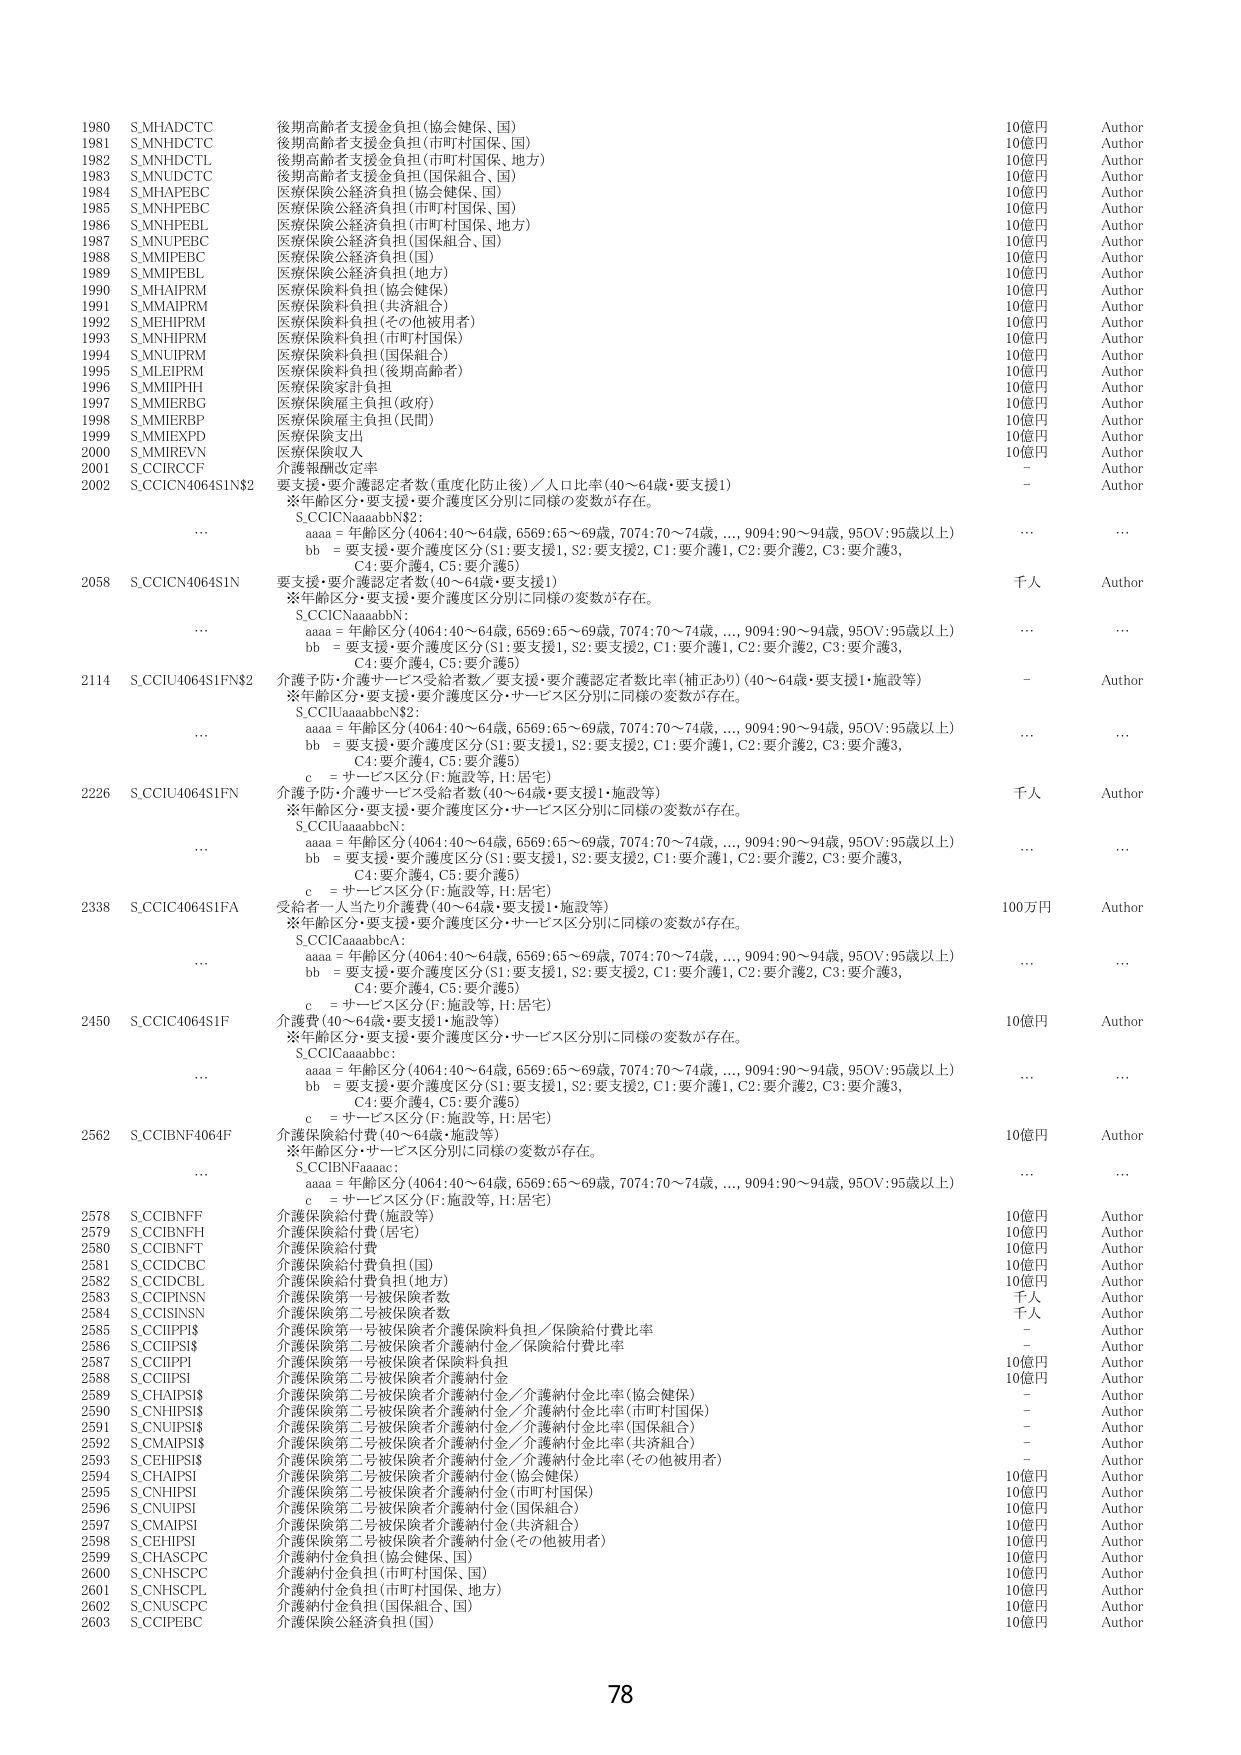
1980 S.MHADCTC 後期高齢者支援金負担(協会健保、国) 10億円 Author
1981 S.MNHDCTC 後期高齢者支援金負担(市町村国保、国) 10億円 Author
1982 S.MNHDLTL 後期高齢者支援金負担(市町村国保、地方) 10億円 Author
1983 S.MNUDCTC 後期高齢者支援金負担(国保組合、国) 10億円 Author
1984 S.MHAPEBC 医療保険公経済負担(協会健保、国) 10億円 Author
1985 S.MNHEBBC 医療保険公経済負担(市町村国保、国) 10億円 Author
1986 S.MNHEBL 医療保険公経済負担(市町村国保、地方) 10億円 Author
1987 S.MNUEPBC 医療保険公経済負担(国保組合、国) 10億円 Author
1988 S.MMIPEBC 医療保険公経済負担(国) 10億円 Author
1989 S.MMIPEBL 医療保険公経済負担(地方) 10億円 Author
1990 S.MHAIPRM 医療保険料負担(協会健保) 10億円 Author
1991 S.MMAIPRM 医療保険料負担(共済組合) 10億円 Author
1992 S.MEHIPRM 医療保険料負担(その他被用者) 10億円 Author
1993 S.MNHIPRM 医療保険料負担(市町村国保) 10億円 Author
1994 S.MNUIPRM 医療保険料負担(国保組合) 10億円 Author
1995 S.MLEIPRM 医療保険料負担(後期高齢者) 10億円 Author
1996 S.MMIIPIH 医療保険家計負担 10億円 Author
1997 S.MMIERBG 医療保険雇主負担(政府) 10億円 Author
1998 S.MMIERBP 医療保険雇主負担(民間) 10億円 Author
1999 S.MMIEXPD 医療保険支出 10億円 Author
2000 S.MMIREVN 医療保険収入 10億円 Author
2001 S.CCIRCCF 介護報酬改定率 - Author
2002 S.CCICN4064SIN$2 要支援・要介護認定者数(重度化防止後)/人口比率(40～64歳・要支援1) - Author
　　※年齢区分・要支援・要介護度区分別に同様の変数が存在。
　　S.CCICNaaaabbn$2:
　　　aaaa = 年齢区分(4064:40～64歳, 6569:65～69歳, 7074:70～74歳,..., 9094:90～94歳, 95OV:95歳以上)
　　　bb = 要支援・要介護度区分(S1:要支援1, S2:要支援2, C1:要介護1, C2:要介護2, C3:要介護3,
　　　　　　C4:要介護4, C5:要介護5)
.........
2058 S.CCICN4064SIN 要支援・要介護認定者数(40～64歳・要支援1) 千人 Author
　　※年齢区分・要支援・要介護度区分別に同様の変数が存在。
　　S.CCICNaaaabbn:
　　　aaaa = 年齢区分(4064:40～64歳, 6569:65～69歳, 7074:70～74歳,..., 9094:90～94歳, 95OV:95歳以上)
　　　bb = 要支援・要介護度区分(S1:要支援1, S2:要支援2, C1:要介護1, C2:要介護2, C3:要介護3,
　　　　　　C4:要介護4, C5:要介護5)
.........
2114 S.CCIU4064SIFN$2 介護予防・介護サービス受給者数／要支援・要介護認定者数比率(補正あり)(40～64歳・要支援1・施設等) - Author
　　※年齢区分・要支援・要介護度区分・サービス区分別に同様の変数が存在。
　　S.CCIUaaaabbcN$2:
　　　aaaa = 年齢区分(4064:40～64歳, 6569:65～69歳, 7074:70～74歳,..., 9094:90～94歳, 95OV:95歳以上)
　　　bb = 要支援・要介護度区分(S1:要支援1, S2:要支援2, C1:要介護1, C2:要介護2, C3:要介護3,
　　　　　　C4:要介護4, C5:要介護5)
　　　c = サービス区分(F:施設等, H:居宅)
.........
2226 S.CCIU4064SIFN 介護予防・介護サービス受給者数(40～64歳・要支援1・施設等) 千人 Author
　　※年齢区分・要支援・要介護度区分・サービス区分別に同様の変数が存在。
　　S.CCIUaaaabbcN:
　　　aaaa = 年齢区分(4064:40～64歳, 6569:65～69歳, 7074:70～74歳,..., 9094:90～94歳, 95OV:95歳以上)
　　　bb = 要支援・要介護度区分(S1:要支援1, S2:要支援2, C1:要介護1, C2:要介護2, C3:要介護3,
　　　　　　C4:要介護4, C5:要介護5)
　　　c = サービス区分(F:施設等, H:居宅)
.........
2338 S.CCIC4064SIFA 受給者一人当たり介護費(40～64歳・要支援1・施設等) 100万円 Author
　　※年齢区分・要支援・要介護度区分・サービス区分別に同様の変数が存在。
　　S.CCICaaaabbcA:
　　　aaaa = 年齢区分(4064:40～64歳, 6569:65～69歳, 7074:70～74歳,..., 9094:90～94歳, 95OV:95歳以上)
　　　bb = 要支援・要介護度区分(S1:要支援1, S2:要支援2, C1:要介護1, C2:要介護2, C3:要介護3,
　　　　　　C4:要介護4, C5:要介護5)
　　　c = サービス区分(F:施設等, H:居宅)
.........
2450 S.CCIC4064SIF 介護費(40～64歳・要支援1・施設等) 10億円 Author
　　※年齢区分・要支援・要介護度区分・サービス区分別に同様の変数が存在。
　　S.CCICaaaabbc:
　　　aaaa = 年齢区分(4064:40～64歳, 6569:65～69歳, 7074:70～74歳,..., 9094:90～94歳, 95OV:95歳以上)
　　　bb = 要支援・要介護度区分(S1:要支援1, S2:要支援2, C1:要介護1, C2:要介護2, C3:要介護3,
　　　　　　C4:要介護4, C5:要介護5)
　　　c = サービス区分(F:施設等, H:居宅)
.........
2562 S.CCIBNF4064F 介護保険給付費(40～64歳・施設等) 10億円 Author
　　※年齢区分・サービス区分別に同様の変数が存在。
　　S.CCIBNFaaaaac:
　　　aaaa = 年齢区分(4064:40～64歳, 6569:65～69歳, 7074:70～74歳,..., 9094:90～94歳, 95OV:95歳以上)
　　　c = サービス区分(F:施設等, H:居宅)
.........
2578 S.CCIBNFF 介護保険給付費(施設等) 10億円 Author
2579 S.CCIBNFH 介護保険給付費(居宅) 10億円 Author
2580 S.CCIBNFT 介護保険給付費 10億円 Author
2581 S.CCIDCBC 介護保険給付費負担(国) 10億円 Author
2582 S.CCIDCBL 介護保険給付費負担(地方) 10億円 Author
2583 S.CCIPINSN 介護保険第一号被保険者数 千人 Author
2584 S.CCISINSN 介護保険第二号被保険者数 千人 Author
2585 S.CCIIPS$ 介護保険第一号被保険者介護保険料負担／保険給付費比率 - Author
2586 S.CCIIPS$ 介護保険第二号被保険者介護保険料負担／保険給付費比率 - Author
2587 S.CCIIPPI 介護保険第一号被保険者保険料負担 10億円 Author
2588 S.CCIIPS$ 介護保険第二号被保険者介護納付金 10億円 Author
2589 S.CHAIPS$ 介護保険第二号被保険者介護納付金／介護納付金比率(協会健保) - Author
2590 S.CNHIPS$ 介護保険第二号被保険者介護納付金／介護納付金比率(市町村国保) - Author
2591 S.CNUIPS$ 介護保険第二号被保険者介護納付金／介護納付金比率(国保組合) - Author
2592 S.CMAIPS$ 介護保険第二号被保険者介護納付金／介護納付金比率(共済組合) - Author
2593 S.CEHIPS$ 介護保険第二号被保険者介護納付金／介護納付金比率(その他被用者) - Author
2594 S.CHAIPS$ 介護保険第二号被保険者介護納付金(協会健保) 10億円 Author
2595 S.CNHIPS$ 介護保険第二号被保険者介護納付金(市町村国保) 10億円 Author
2596 S.CNUIPS$ 介護保険第二号被保険者介護納付金(国保組合) 10億円 Author
2597 S.CMAIPS$ 介護保険第二号被保険者介護納付金(共済組合) 10億円 Author
2598 S.CEHIPS$ 介護保険第二号被保険者介護納付金(その他被用者) 10億円 Author
2599 S.CHASCP C 介護納付金負担(協会健保、国) 10億円 Author
2600 S.CNHS CPC 介護納付金負担(市町村国保、国) 10億円 Author
2601 S.CNHSCPL 介護納付金負担(市町村国保、地方) 10億円 Author
2602 S.CNUS CPC 介護納付金負担(国保組合、国) 10億円 Author
2603 S.CCIPEBC 介護保険公経済負担(国) 10億円 Author
78